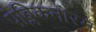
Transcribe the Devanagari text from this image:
पब्लिकनोरम